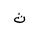
Letter: _tha